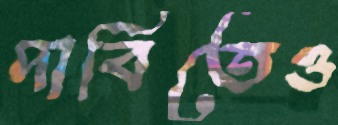
দাবিতেও